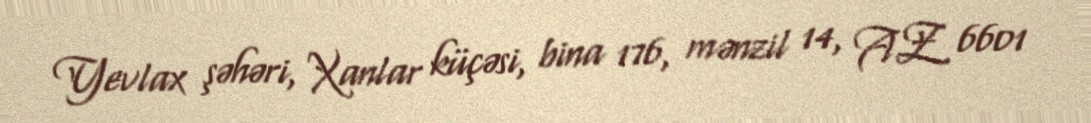
Yevlax şəhəri, Xanlar küçəsi, bina 176, mənzil 14, AZ 6601